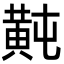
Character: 𪎶